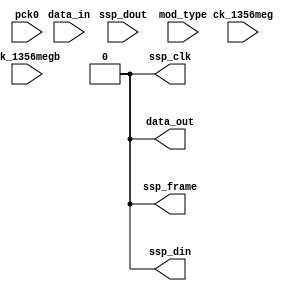
module relay_test(
    pck0, ck_1356meg, ck_1356megb,
    ssp_frame, ssp_din, ssp_dout, ssp_clk,
    data_in, data_out,
    mod_type
);
    input pck0, ck_1356meg, ck_1356megb;
    input ssp_dout;
    output ssp_frame, ssp_din, ssp_clk;
    input data_in;
    output data_out;
    input [2:0] mod_type;
reg ssp_clk = 1'b0;
reg ssp_frame = 1'b0;
reg data_out = 1'b0;
reg ssp_din = 1'b0;
reg [6:0] div_counter = 7'b0;
reg [0:0] buf_data_in = 1'b0;
reg [0:0] receive_counter = 1'b0;
reg [31:0] delay_counter = 32'h0;
reg [3:0] counter = 4'b0;
reg [7:0] receive_buffer = 8'b0;
reg sending_started = 1'b0;
reg received_complete = 1'b0;
reg [7:0] received = 8'b0;
reg [3:0] send_buf = 4'b0;
reg [16:0] to_arm_delay = 17'b0;
always @(posedge ck_1356meg)
begin
end
endmodule